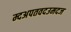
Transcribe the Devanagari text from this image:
म्दअपतवदउमदज